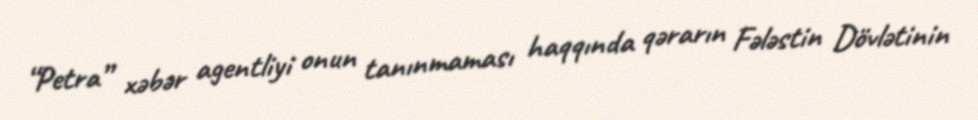
“Petra” xəbər agentliyi onun tanınmaması haqqında qərarın Fələstin Dövlətinin